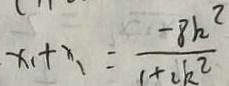
x _ { 1 } + x _ { 1 } = \frac { - 8 h ^ { 2 } } { 1 + 2 k ^ { 2 } }